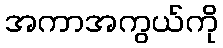
အကာအကွယ်ကို